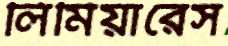
লিমিয়ারেস